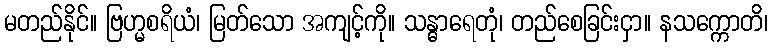
မတည်နိုင်။ ဗြဟ္မစရိယံ၊ မြတ်သော အကျင့်ကို။ သန္ဓာရေတုံ၊ တည်စေခြင်းငှာ။ နသက္ကောတိ၊